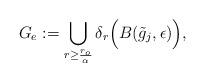
LaTeX: \begin{align*}G_e&:= \bigcup_{r\geq{r_o\over\alpha}}\delta_r\Big( B( \tilde g_j,\epsilon ) \Big),\end{align*}